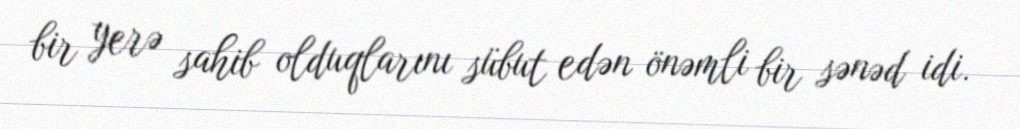
bir yerə sahib olduqlarını sübut edən önəmli bir sənəd idi.